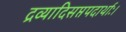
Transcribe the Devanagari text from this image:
द्रव्यादिसप्तपदार्थाः।